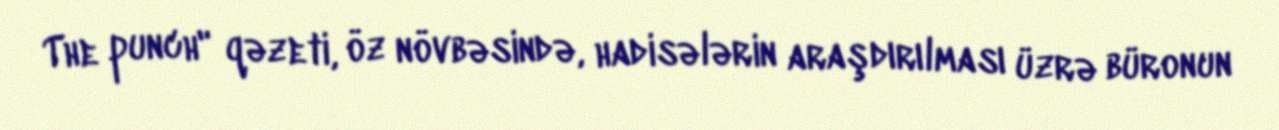
The punch" qəzeti, öz növbəsində, hadisələrin araşdırılması üzrə büronun